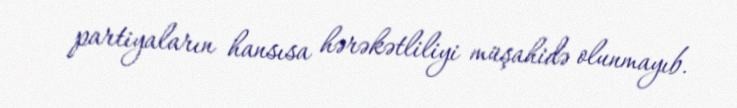
partiyaların hansısa hərəkətliliyi müşahidə olunmayıb.